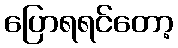
ပြောရရင်တော့